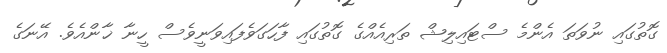
ގޮތުގައި ނުވަތަ އެންމެ ސްޓައިލިޝް ތަރިއެއްގެ ގޮތުގައި ފާހަގަވެފައިވަނީވެސް ހީނާ ޚާންއެވެ. އޭނަގެ